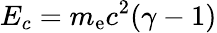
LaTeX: E_{c}=m_{\mathrm{e}}c^{2}(\gamma-1)